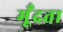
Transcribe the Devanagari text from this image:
मूँदता